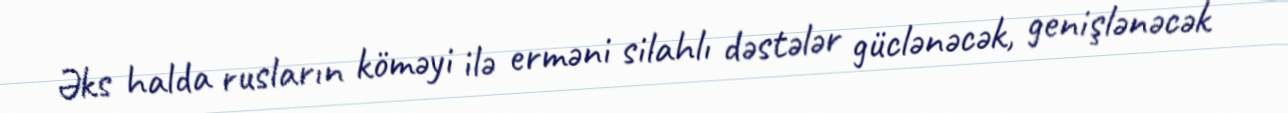
Əks halda rusların köməyi ilə erməni silahlı dəstələr güclənəcək, genişlənəcək